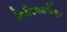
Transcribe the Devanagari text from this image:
कैलिफर्निया